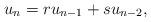
LaTeX: \begin{align*} u_n=ru_{n-1}+su_{n-2},\end{align*}